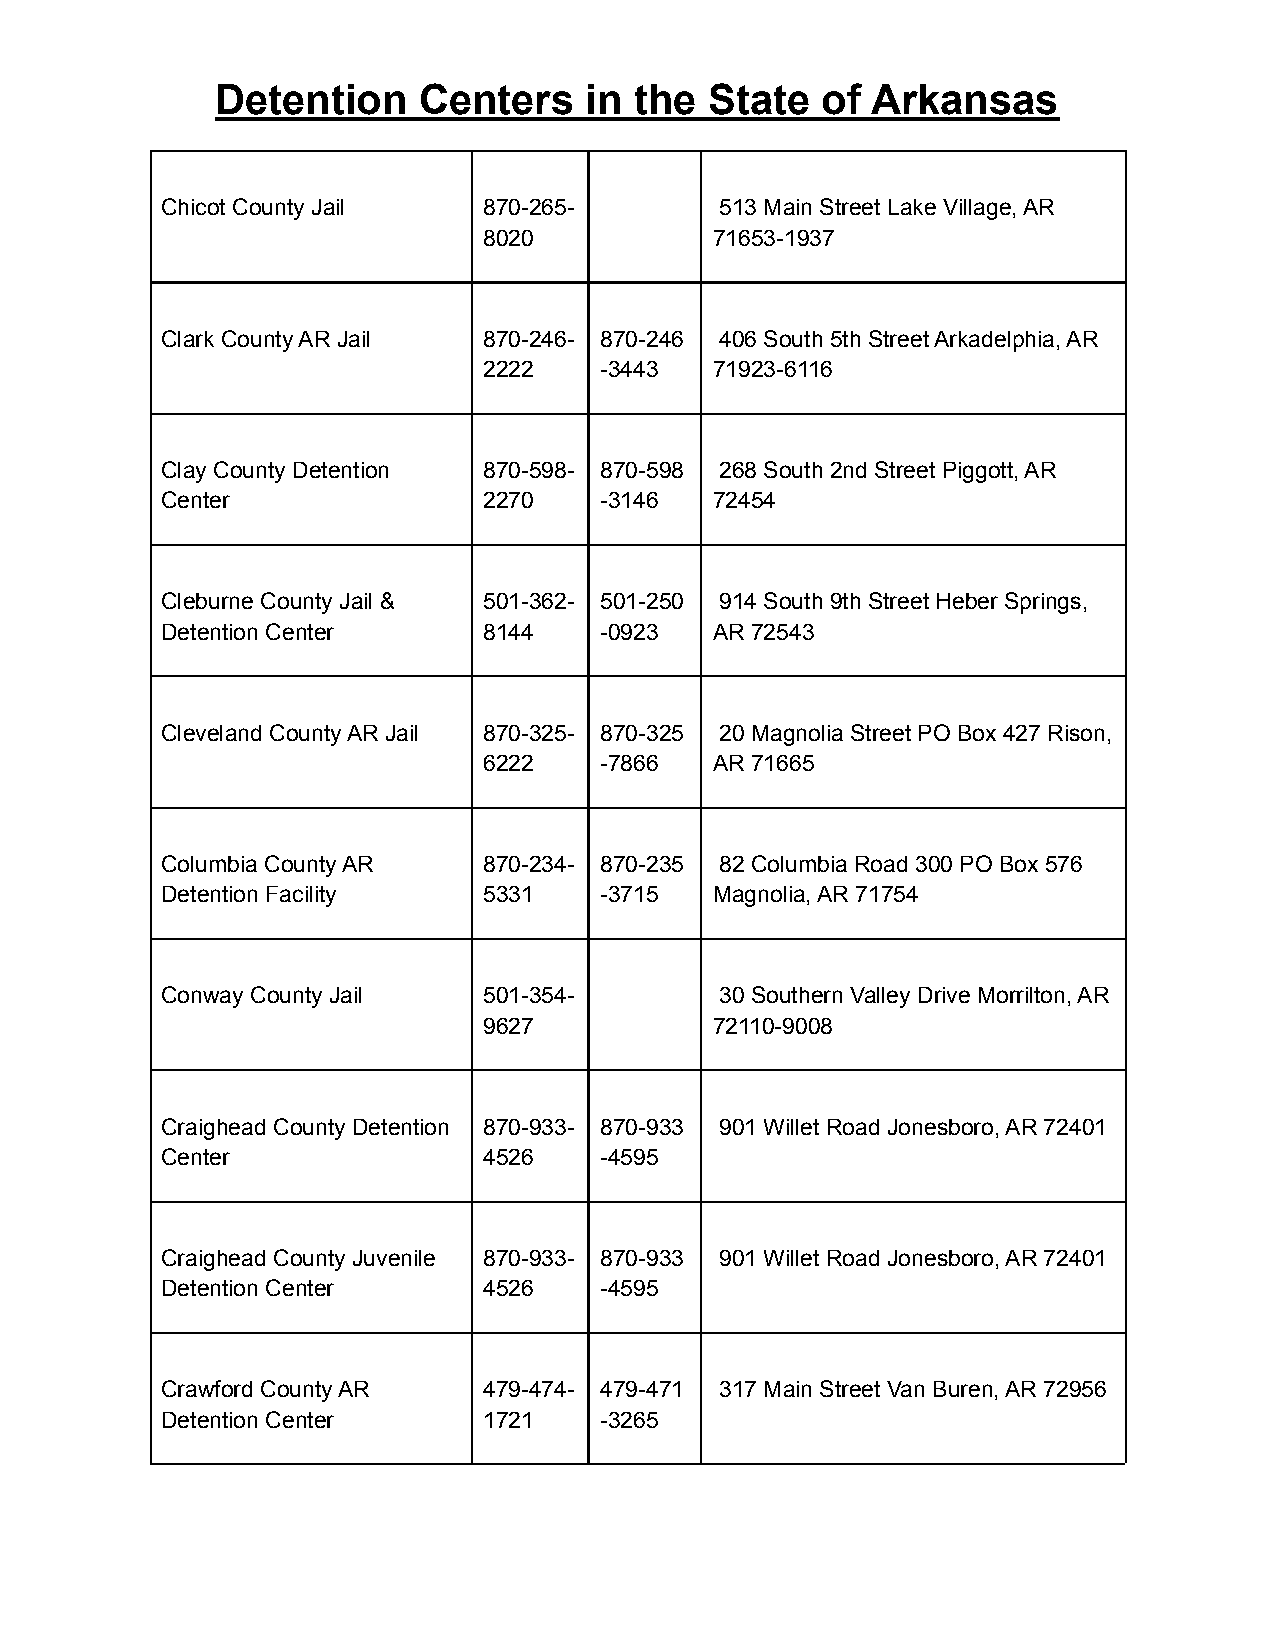
Detention     Centers    in the  State  of  Arkansas
 Chicot County Jail   870-265-        513 Main Street Lake Village, AR
 8020           71653-1937
 Clark County AR Jail 870-246- 870-246 406 South 5th Street Arkadelphia, AR
 2222    -3443  71923-6116
 Clay County Detention 870-598- 870-598 268 South 2nd Street Piggott, AR
 Center               2270    -3146  72454
 Cleburne County Jail & 501-362- 501-250 914 South 9th Street Heber Springs,
 Detention Center     8144    -0923  AR 72543
 Cleveland County AR Jail 870-325- 870-325 20 Magnolia Street PO Box 427 Rison,
 6222    -7866  AR 71665
 Columbia County AR   870-234- 870-235 82 Columbia Road 300 PO Box 576
 Detention Facility   5331    -3715  Magnolia, AR 71754
 Conway County Jail   501-354-        30 Southern Valley Drive Morrilton, AR
 9627           72110-9008
 Craighead County Detention 870-933- 870-933 901 Willet Road Jonesboro, AR 72401
 Center               4526    -4595
 Craighead County Juvenile 870-933- 870-933 901 Willet Road Jonesboro, AR 72401
 Detention Center     4526    -4595
 Crawford County AR   479-474- 479-471 317 Main Street Van Buren, AR 72956
 Detention Center     1721    -3265